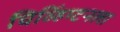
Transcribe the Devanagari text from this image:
चिव्हिंग्टनला